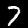
Label: 7